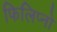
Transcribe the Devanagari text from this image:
फिलिप्नो